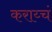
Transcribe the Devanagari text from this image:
कराय्चं